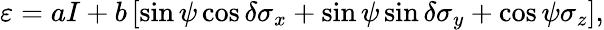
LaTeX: \begin{array}{r}{\varepsilon=aI+b\left[\sin\psi\cos\delta\sigma_{x}+\sin\psi\sin\delta\sigma_{y}+\cos\psi\sigma_{z}\right],}\end{array}